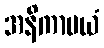
အနိကာမယံ